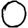
Digit: 0